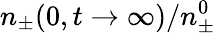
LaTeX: n_{\pm}(0,t\to\infty)/n_{\pm}^{0}